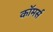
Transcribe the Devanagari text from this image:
काॅमर्स